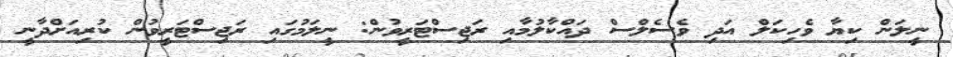
ނީލަން ކިޔާ ވެހިކަލް އަދި ވެސެލްސް ދައްކާލުމާއި ރަޖިސްޓަރީވުން: ނީލަމުގައި ރަޖިސްޓަރީވުން ކުރިއަށްދާނީ